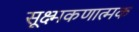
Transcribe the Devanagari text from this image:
सूक्ष्मकणात्मक